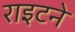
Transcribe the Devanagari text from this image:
राइटने